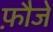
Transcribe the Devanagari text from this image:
फ़ौजे